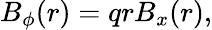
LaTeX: \begin{array}{r}{B_{\phi}(r)=qrB_{x}(r),}\end{array}